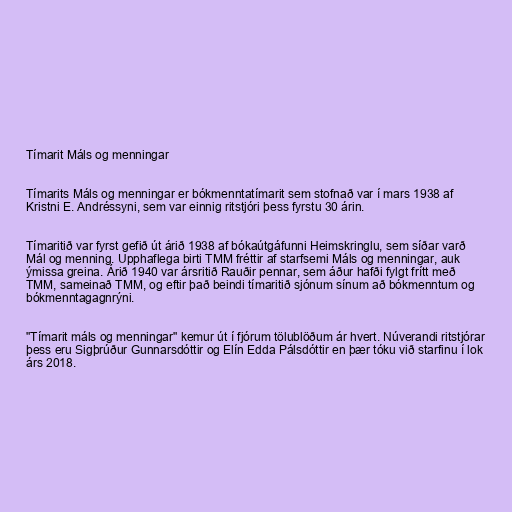
Tímarit Máls og menningar

Tímarits Máls og menningar er bókmenntatímarit sem stofnað var í mars 1938 af
Kristni E. Andréssyni, sem var einnig ritstjóri þess fyrstu 30 árin.

Tímaritið var fyrst gefið út árið 1938 af bókaútgáfunni Heimskringlu, sem síðar varð
Mál og menning. Upphaflega birti TMM fréttir af starfsemi Máls og menningar, auk
ýmissa greina. Árið 1940 var ársritið Rauðir pennar, sem áður hafði fylgt frítt með
TMM, sameinað TMM, og eftir það beindi tímaritið sjónum sínum að bókmenntum og
bókmenntagagnrýni.

"Tímarit máls og menningar" kemur út í fjórum tölublöðum ár hvert. Núverandi ritstjórar
þess eru Sigþrúður Gunnarsdóttir og Elín Edda Pálsdóttir en þær tóku við starfinu í lok
árs 2018.